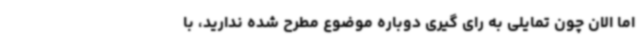
اما الان چون تمایلی به رای گیری دوباره موضوع مطرح شده ندارید، با